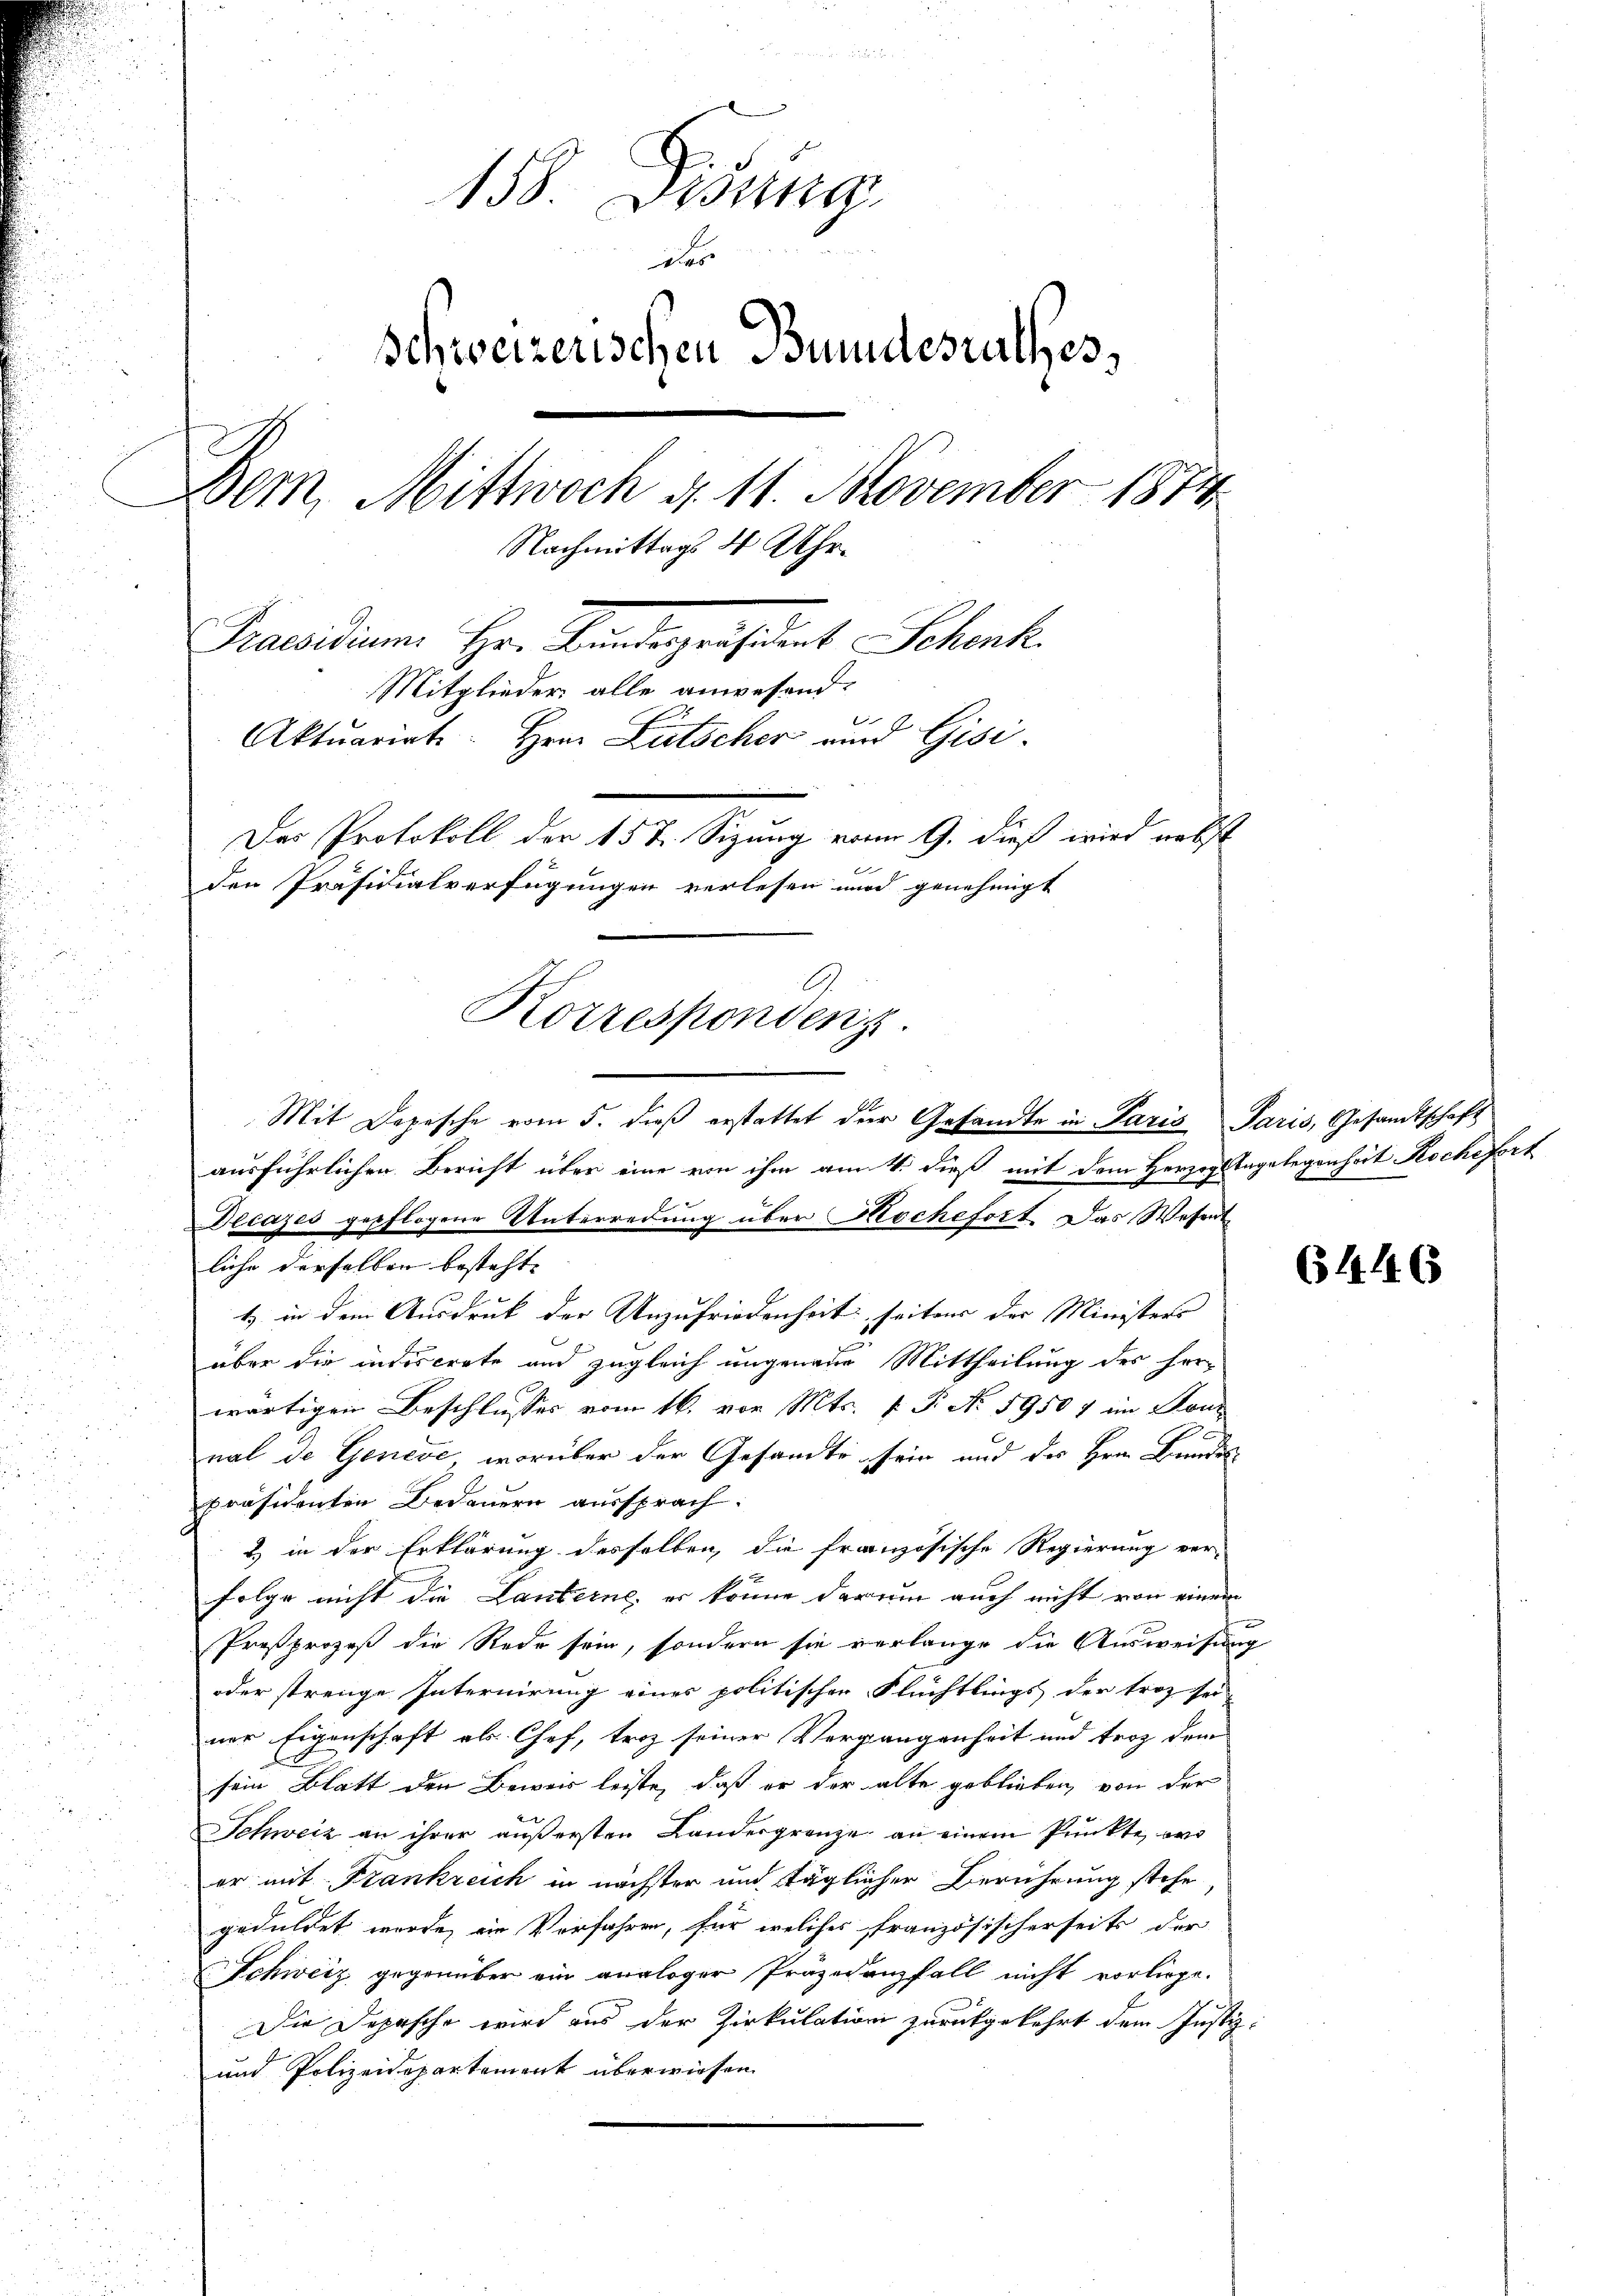
158. Disung
er
schweizerischen Bundesrathes,
Bem, Mittwoch 4. 11. November 1874.
Nachmittags 4 Uhr.
Praesidium Hr. Bundespräsident Schenk.
Mitglieder alle anwesend:
Aktuariat. Herr Lütscher und Gisi¬
Das Protokoll der 15 t. Sizung vom 9. dieß wird nebst
u
E
den Präsidialverfügungen verlesen wird genehmigt
E
Korrespondenz.

Mit Depesche vom 5. dieß erstattet der Gesandte in Paris Paris, Gesandtschaft
ausführlichen Bericht über eine von ihm am 4. dieß mit dem Herzogs Tagelegenheit Roche fort
Decazes gepflogene Unterredung über Mochefort. Das Wesent
liche derselben besteht. |
1) in dem Ausdruck der Unzufriedenheit seitens der Ministers
über die indiscrete und zugleich ungenaue Mittheilung des forwärtigen Beschlusses vom 16. von Mts. f. P. N. 59507 im Sonn
d
nal de Geneve, worüber der Gesandte sein und des Hrn. Bundes
präsidenten Bedauern aussprach.
2) in der Erklärung desselben, die französische Regierung ver-
folge nicht die Lanterne, er könne darum auch nicht von einem
¬
Proßprozeß die Rede sein, sondern sie verlange die Ausweisung
oder strenge Internirung eines politischer Flüchtlings der troz sei-
ner Eigenschaft als Chef, trotz seiner Vergangenheit und trag dem
sein Blatt den Beweis leiste, daß er der alte geblieben, von der
2
Schweiz an ihrer äußersten Landergrenze an einem Punkte, wo
er mit Frankreich in nächster und täglicher Berührung stehe
geduldet wurde, ein Verfahren, für welches französischerseits der
Schweiz gegenüber ein analoger Präzedanzfall nicht vorliege.
Die Depesche wird aus der Zirkulation zurückgekehrt dem Justiz-
und Polizeidepartement überwiesen.

6446